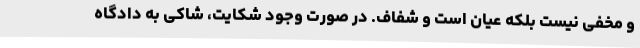
و مخفی نیست بلکه عیان است و شفاف. در صورت وجود شکایت، شاکی به دادگاه